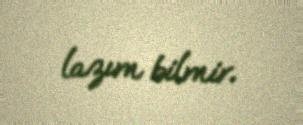
lazım bilmir.